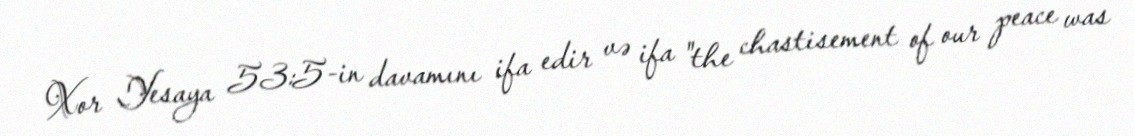
Xor Yesaya 53:5-in davamını ifa edir və ifa "the chastisement of our peace was